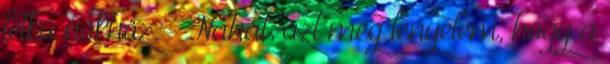
lelkű nőkhöz. - Nahát. azt még lenyelem, hogy a